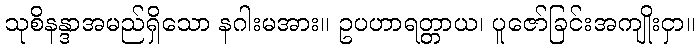
သုစိနန္ဒာအမည်ရှိသော နဂါးမအား။ ဥပဟာရတ္တာယ၊ ပူဇော်ခြင်းအကျိုးငှာ။